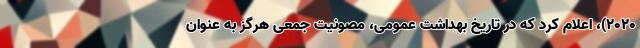
۲۰۲۰)، اعلام کرد که در تاریخ بهداشت عمومی، مصونیت جمعی هرگز به عنوان